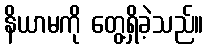
နိယာမကို တွေ့ရှိခဲ့သည်။